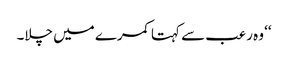
‘‘ وہ رعب سے کہتا کمرے میں چلا۔